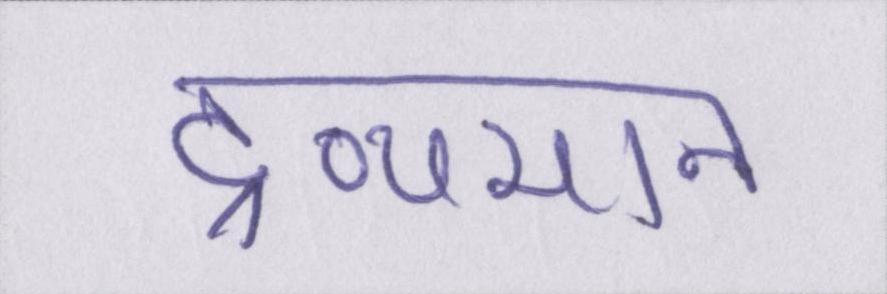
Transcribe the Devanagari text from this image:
द्रव्यमान